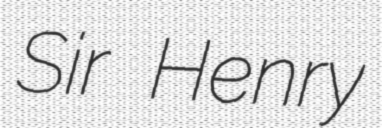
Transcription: Sir Henry